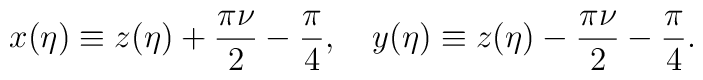
x(\eta )\equiv z(\eta )+\frac{\pi \nu }{2}-\frac{\pi }{4}, \quad y(\eta )\equiv z(\eta )-\frac{\pi \nu }{2}-\frac{\pi }{4}.